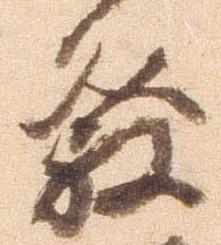
発